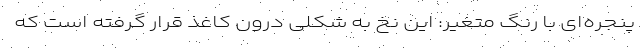
پنجره‌ای با رنگ متغیر: این نخ به شکلی درون کاغذ قرار گرفته است که